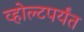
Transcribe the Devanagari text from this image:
व्होल्टपर्यंत